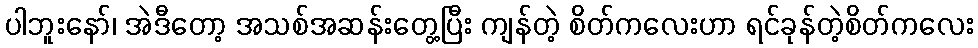
ပါဘူးနော်၊ အဲဒီတော့ အသစ်အဆန်းတွေ့ပြီး ကျန်တဲ့ စိတ်ကလေးဟာ ရင်ခုန်တဲ့စိတ်ကလေး